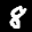
Label: 8